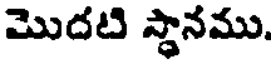
మొదటి స్థానము.